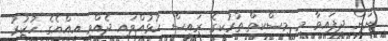
ނަން ދީފައިވާ މި މިސްކިތް ތުރުކީގެ ރައީސް ހުޅުއްވައި ދެއްވީ އިއްޔެގެ ހުކުރު